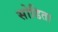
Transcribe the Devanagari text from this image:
सोडिता